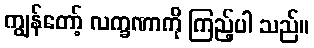
ကျွန်တော့် လက္ခဏာကို ကြည့်ပါ သည်။